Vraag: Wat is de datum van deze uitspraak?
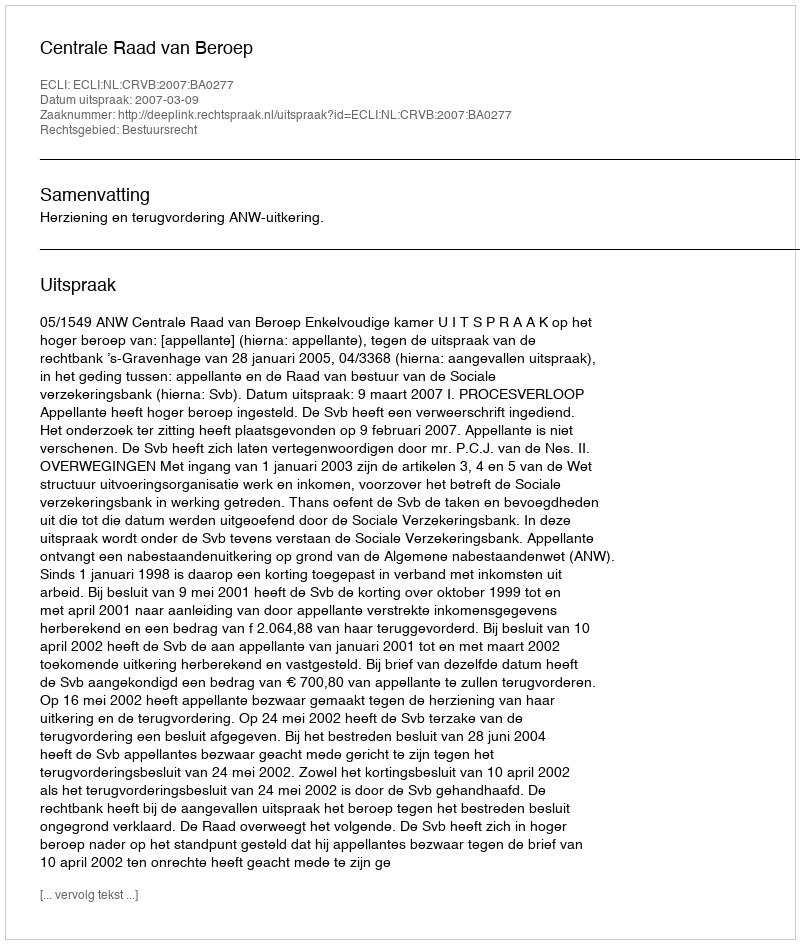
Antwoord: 2007-03-09